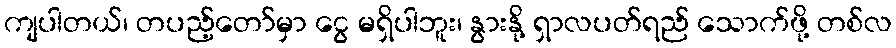
ကျပါတယ်၊ တပည့်တော်မှာ ငွေ မရှိပါဘူး၊ နွားနို့ ရှာလပတ်ရည် သောက်ဖို့ တစ်လ